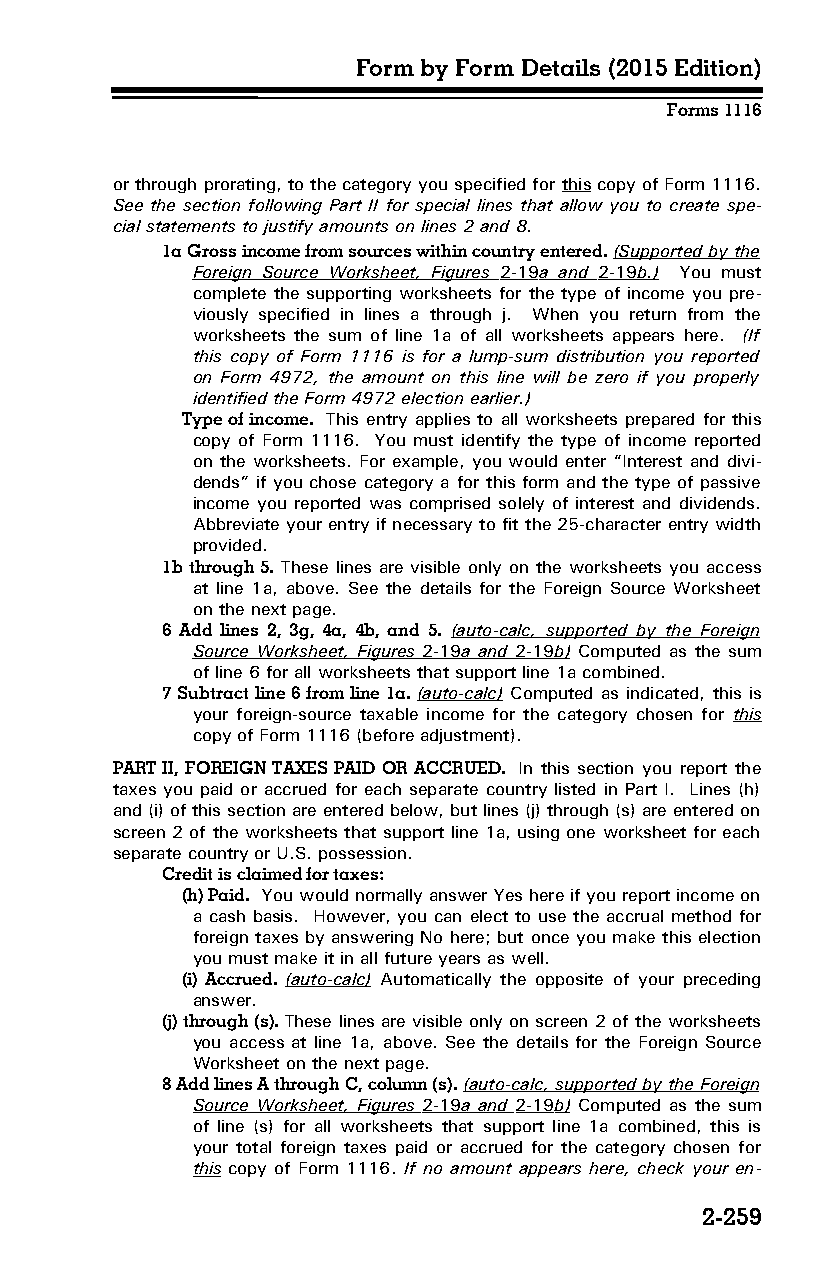
Form by Form Details (2015 Edition)
 Forms 1116
 or through prorating, to the category you specified for this copy of Form 1116.
 See the section following Part II for special lines that allow you to create spe­
 cial statements to justify amounts on lines 2 and 8.
 1a Gross income from sources within country entered. (Supported by the
 Foreign Source Worksheet, Figures 2-19 a and 2-19 b.) You must
 complete the supporting worksheets for the type of income you pre­
 viously specified in lines a through j. When you return from the
 worksheets the sum of line 1a of all worksheets appears here. (If
 this copy of Form 1116 is for a lump-sum distribution you reported
 on Form 4972, the amount on this line will be zero if you properly
 identified the Form 4972 election earlier.)
 Type of income. This entry applies to all worksheets prepared for this
 copy of Form 1116. You must identify the type of income reported
 on the worksheets. For example, you would enter “Interest and divi­
 dends” if you chose category a for this form and the type of passive
 income you reported was comprised solely of interest and dividends.
 Abbreviate your entry if necessary to fit the 25-character entry width
 provided.
 1b through 5. These lines are visible only on the worksheets you access
 at line 1a, above. See the details for the Foreign Source Worksheet
 on the next page.
 6 Add lines 2, 3g, 4a, 4b, and 5. (auto-calc, supported by the Foreign
 Source Worksheet, Figures 2-19 a and 2-19 b) Computed as the sum
 of line 6 for all worksheets that support line 1a combined.
 7 Subtract line 6 from line 1a. (auto-calc) Computed as indicated, this is
 your foreign-source taxable income for the category chosen for this
 copy of Form 1116 (before adjustment).
 PART II, FOREIGN TAXES PAID OR ACCRUED. In this section you report the
 taxes you paid or accrued for each separate country listed in Part I. Lines (h)
 and (i) of this section are entered below, but lines (j) through (s) are entered on
 screen 2 of the worksheets that support line 1a, using one worksheet for each
 separate country or U.S. possession.
 Credit is claimed for taxes:
 (h) Paid. You would normally answer Yes here if you report income on
 a cash basis. However, you can elect to use the accrual method for
 foreign taxes by answering No here; but once you make this election
 you must make it in all future years as well.
 (i) Accrued. (auto-calc) Automatically the opposite of your preceding
 answer.
 (j) through (s). These lines are visible only on screen 2 of the worksheets
 you access at line 1a, above. See the details for the Foreign Source
 Worksheet on the next page.
 8 Add lines A through C, column (s). (auto-calc, supported by the Foreign
 Source Worksheet, Figures 2-19 a and 2-19 b) Computed as the sum
 of line (s) for all worksheets that support line 1a combined, this is
 your total foreign taxes paid or accrued for the category chosen for
 this copy of Form 1116. If no amount appears here, check your en­
 2-259